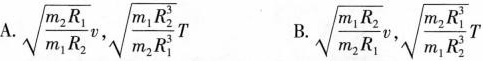
A.$$\sqrt { \frac { m _ { 2 } R _ { 1 } } { m _ { 1 } R _ { 2 } } } v ,